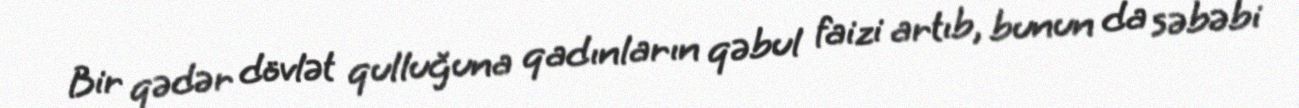
Bir qədər dövlət qulluğuna qadınların qəbul faizi artıb, bunun da səbəbi